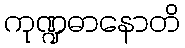
ကုဏ္ဍဓာနောတိ